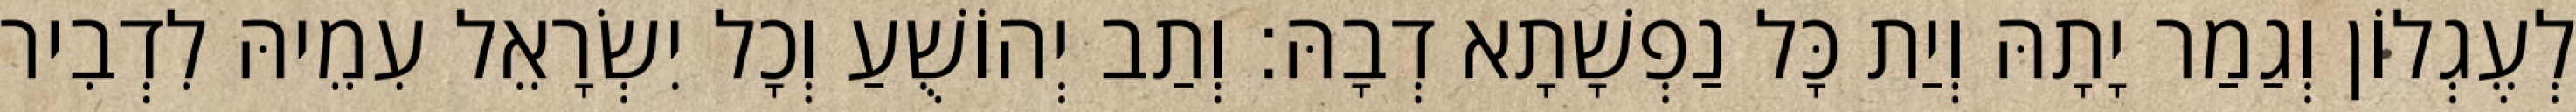
לְעֶגְלוֹן וְגַמַר יָתָהּ וְיַת כָּל נַפְשָׁתָא דְבָהּ׃ וְתַב יְהוֹשֻׁעַ וְכָל יִשְׂרָאֵל עִמֵיהּ לִדְבִיר